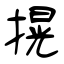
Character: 㨪